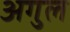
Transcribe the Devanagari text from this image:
अगुल